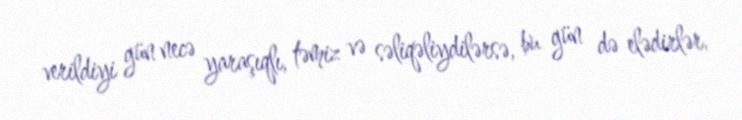
verildiyi gün necə yaraşıqlı, təmiz və səliqəliydilərsə, bu gün də elədirlər,